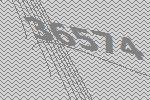
36574